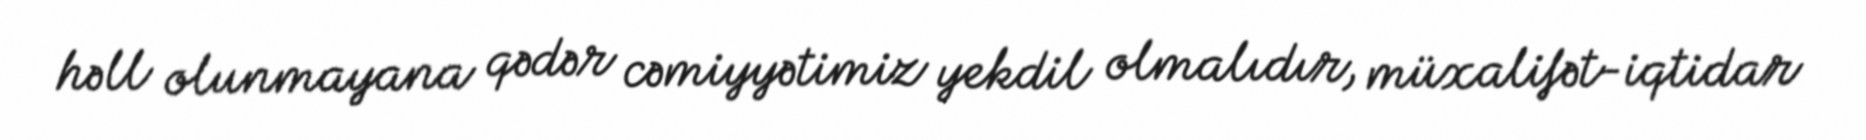
həll olunmayana qədər cəmiyyətimiz yekdil olmalıdır, müxalifət-iqtidar